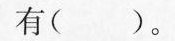
有( )。